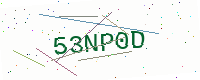
Text: 53NP0D